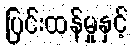
ပြင်းထန်မှုနှင့်